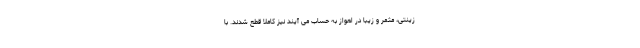
زینتی، مثمر و زیبا در اهواز به حساب می آیند نیز کاملاً قطع شدند. با